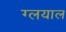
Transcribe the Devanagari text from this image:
ग्लयाल